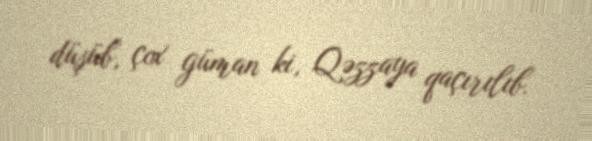
düşüb, çox güman ki, Qəzzaya qaçırılıb.